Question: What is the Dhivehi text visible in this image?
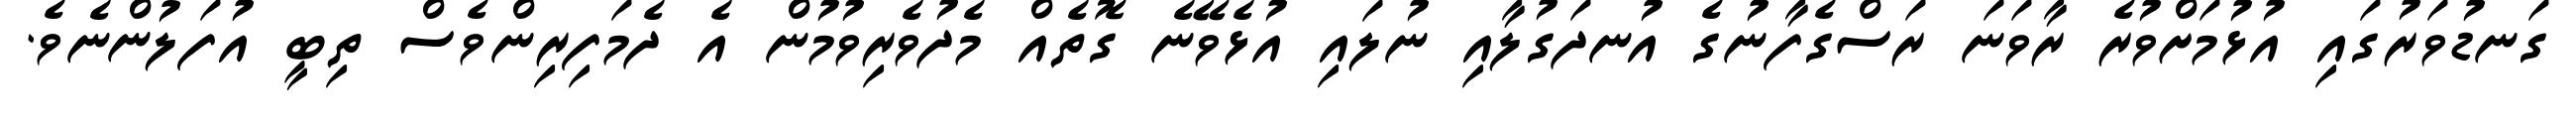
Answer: ގަނޑުވަރުގައި އުޅުމަށްވުރެ ރާވަނަ ރަސްގެފާނުގެ އުނދަގުލާއި ނުލައި އުޅެވޭނެ ގޮތެއް މެދުވެރިވުމުން އެ ދެމަފިރިންވެސް ތިބީ އުފަލުންނެވެ.